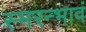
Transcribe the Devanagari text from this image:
स्मरन्भावं